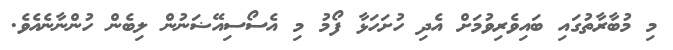
މި މުބާރާތުގައި ބައިވެރިވުމަށް އެދި ހުށަހަޅާ ފޯމު މި އެސޯސިއޭޟަނުން ލިބެން ހުންނާނެއެވެ.